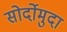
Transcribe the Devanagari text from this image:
सोर्दोमुदा